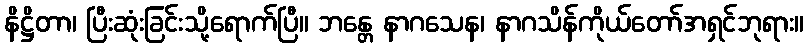
နိဋ္ဌိတာ၊ ပြီးဆုံးခြင်းသို့ရောက်ပြီ။ ဘန္တေ နာဂသေန၊ နာဂသိန်ကိုယ်တော်အရှင်ဘုရား။